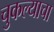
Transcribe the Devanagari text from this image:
चुकल्याचा